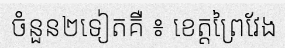
ចំនួន២ទៀតគឺ ៖ ខេត្តព្រៃវែង